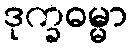
ဒုက္ခဓမ္မာ